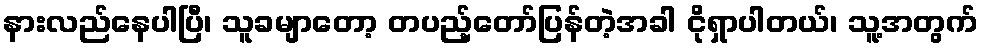
နားလည်နေပါပြီ၊ သူခမျာတော့ တပည့်တော်ပြန်တဲ့အခါ ငိုရှာပါတယ်၊ သူ့အတွက်